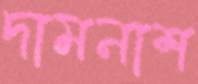
দামনাশ